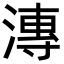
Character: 漙